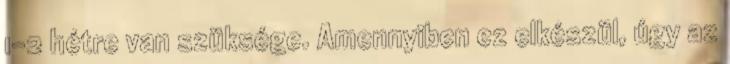
1-2 hétre van szüksége. Amennyiben ez elkészül, úgy az